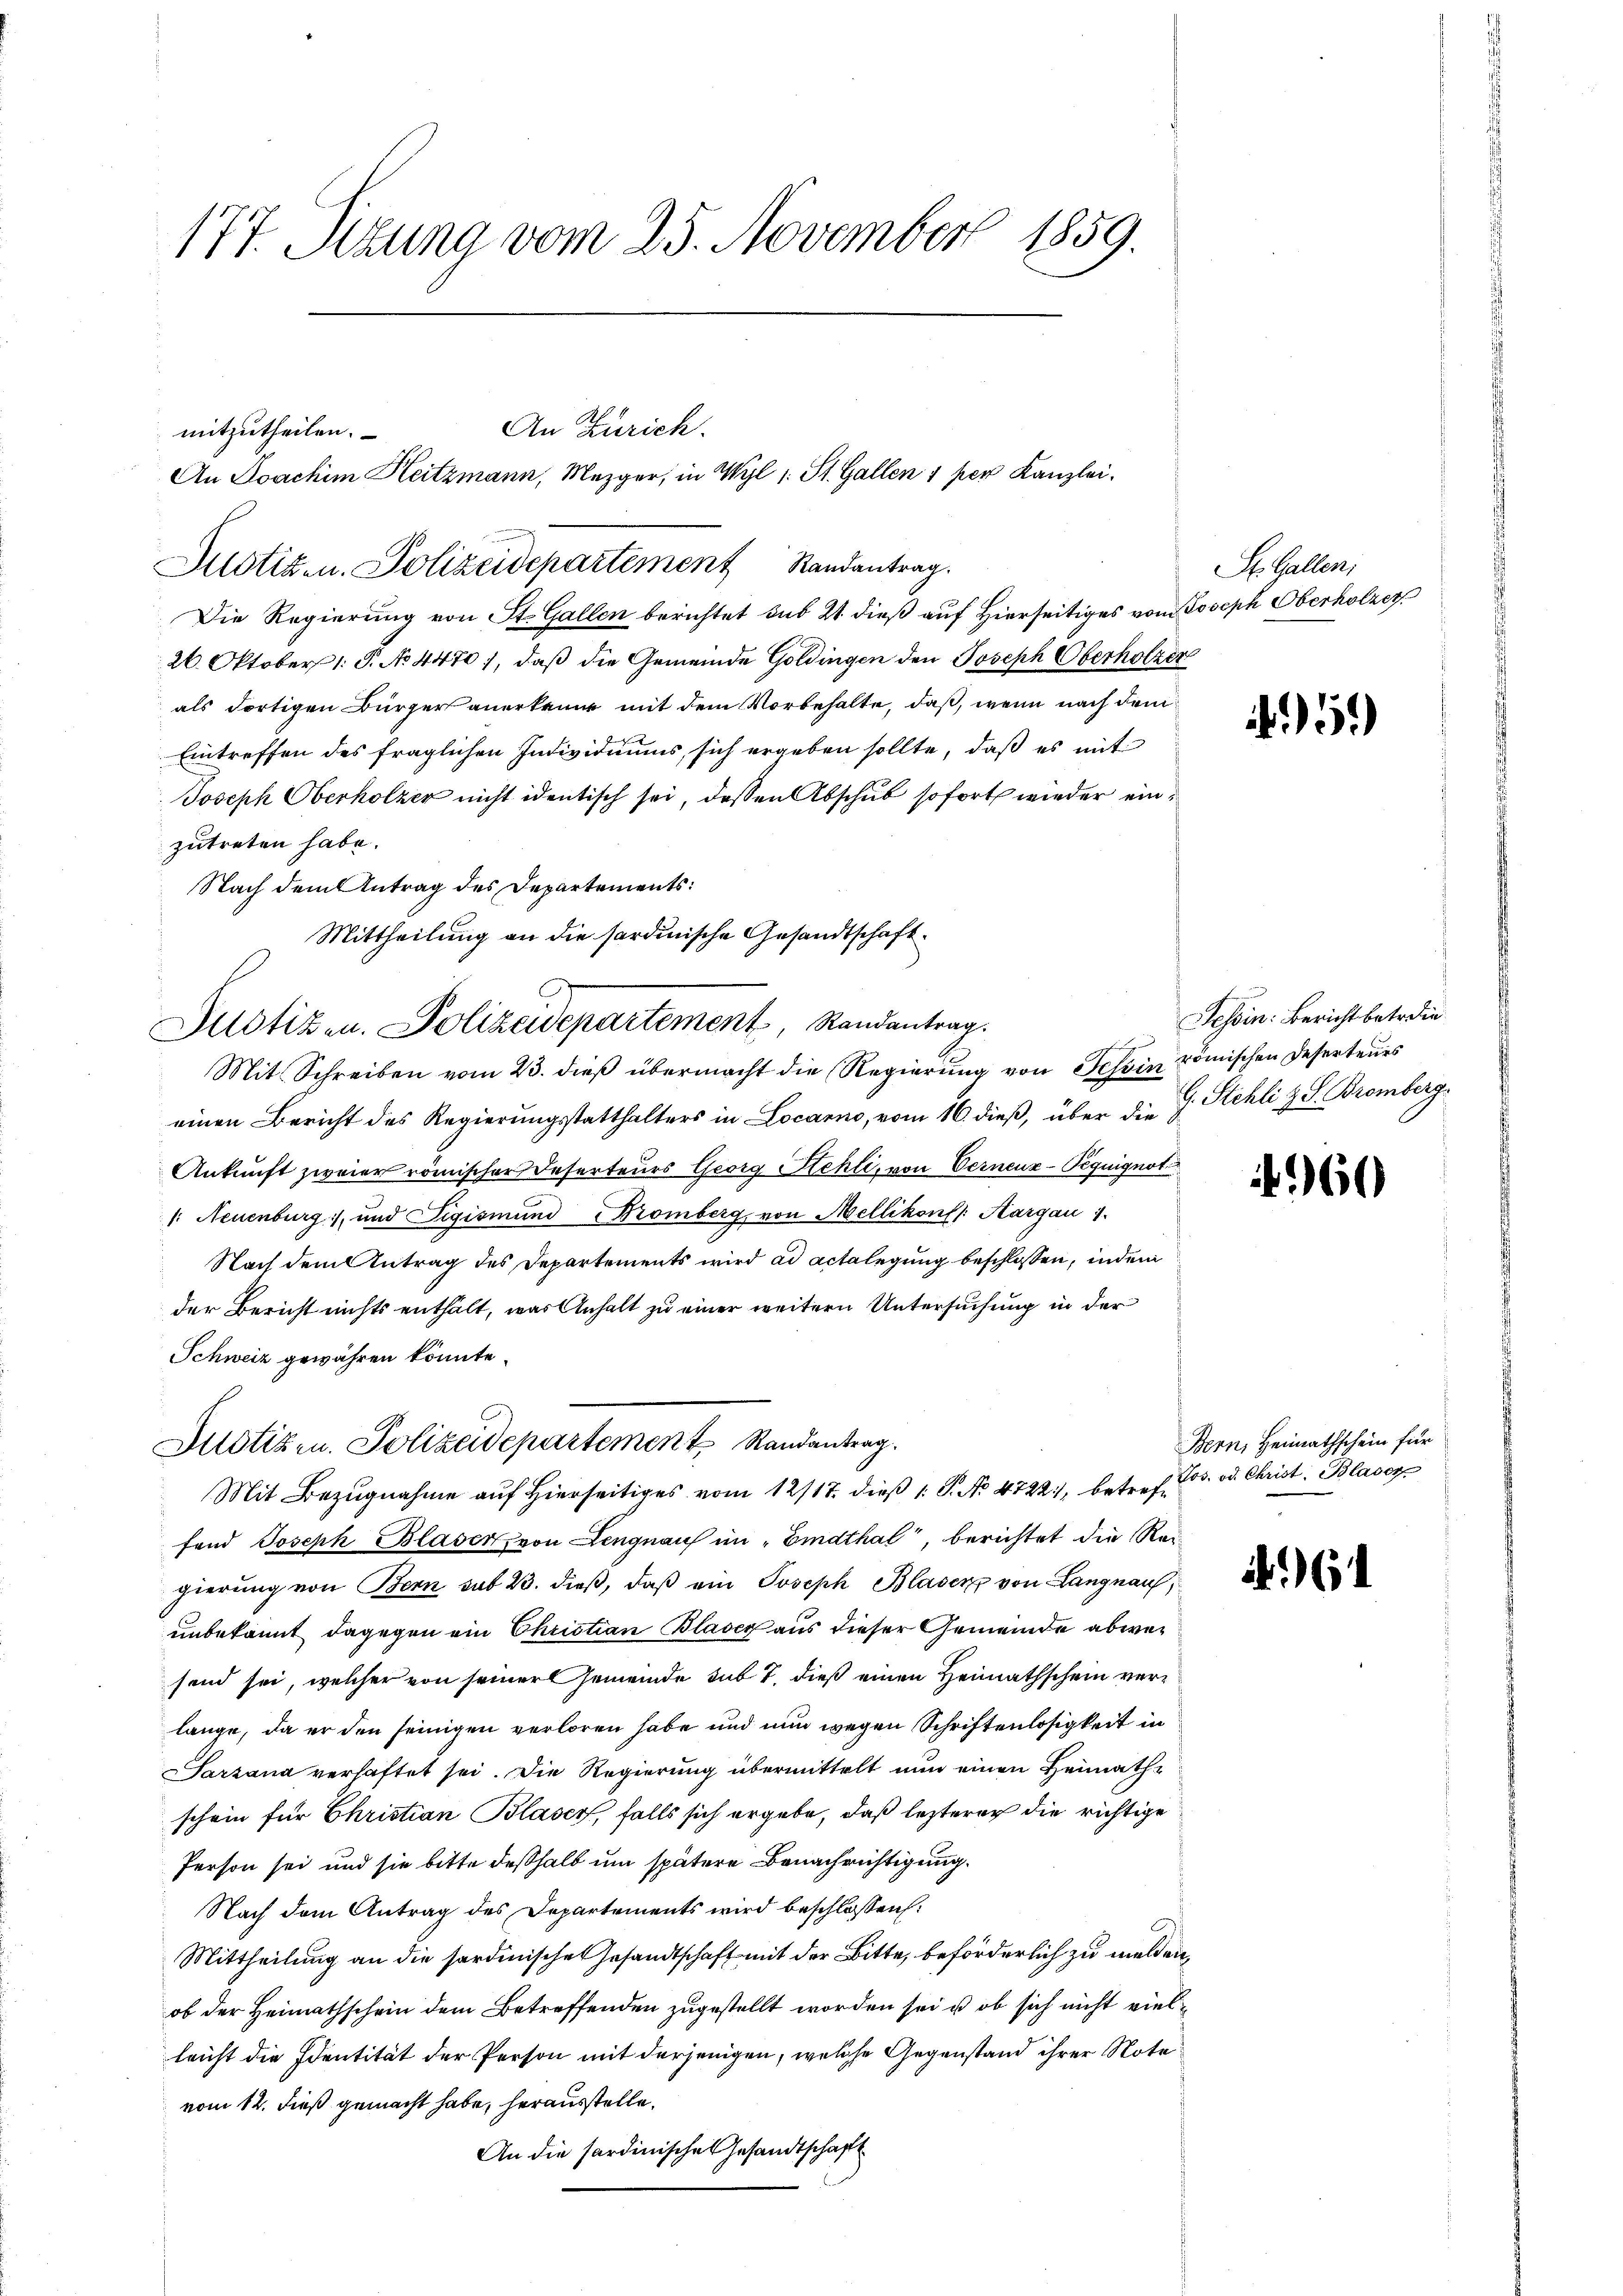
177. Sitzung vom 25. November 1859.

mitzutheilen.
Die Regierung von St. Gallen berichtet sub 21 dieß auf Hierseitiges vom Joseph Oberholzer
26. Oktober 1. P. No. 4470), daß die Gemeinde Goldingen den Joseph Oberholzer
als dortigen Bürger anerkennt mit dem Vorbehalte, daß, wenn nach dem
Eintreffen des fraglichen Individuums, sich ergeben sollte, daß es mit
Joseph Oberholzer nicht identisch sei, deßen Abschub sofort wieder einzutreten habe.
Nach dem Antrag des Departements:
Mittheilung an die sardinische Gesandtschaft
Mit Schreiben vom 23. dieß übermacht die Regierung von Tessin römischen Deserteurs
einen Bericht des Regierungsstatthalters in Locarno, vom 16. dieß, über die G. Stehli z. S. Bromberg
Ankunft zweier römischer Inserteurs Georg Stehli, von Verneuz-Peguignot
/: Neuenburg und Sigismund Fromberg, von Mellikon /: Aargau 1.
Nach dem Antrag des Departements wird ad actelegung beschlossen, indem
der Bericht nichts enthält, was Anhalt zu einer weitern Untersuchung in der
Schweiz gewähren könnte.
Justizen. Polizeidepartement Randantrag.
Mit Bezugnahme auf Hierseitiges vom 12/17. dieß 1 P. No 4722, betreffand Joseph Blaser, von Lengnau im „Eidthal, berichtet die Reigierung von Bern sub 23. dieß, daß ein Joseph Blasenz von Langnauf,
unbekannt dagegen ein Christian Blaser aus dieser Gemeinde abwesend sei, welcher von seiner Gemeinde sub 7. dieß einen Heimathschein verlange, da er den seinigen verloren habe und nun wegen Schriftenlosigkeit in
Sarzana verhaftet sei. Die Regierung übermittelt nun einen Heimath-
schein für Christian Blaser, falls sich ergebe, daß lezterer die richtige
Person sei und sie bitte deßhalb um spätere Benachrichtigung.
Nach dem Antrag des Departements wird beschlossen:
Mittheilung an die sordinischen Gesandtschaft mit der Bitte, beförderlich zu melden
ob der Heimathschein dem Betreffenden zugestellt worden sei u ob sich nicht vielleicht die Identität der Person mit derjenigen, welche Gegenstand ihrer Note
vom 12. dieß gemacht habe, herausstelle.
An die sardinisches Gesandtschaft

Justizen. Polizeidepartement Randantrag.

An Zürich.
An Joachim Heitzmann, Mezger, in Wyl 1. St. Gallen 1 per Kanzlei.

Potizen. Polizeidepartement, Randantrag.

St. Gallen;

.5.

Tessin: Bericht betr die

60

Bern, Heimathschein für
Jos. od. Christ. Blaser

6